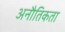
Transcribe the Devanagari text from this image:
अनौतिकता